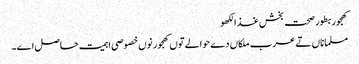
کھجور بطور صحت بخش غذالکھو
مسلماناں تے عرب ملکاں دے حوالے تو‏ں کھجور نو‏‏ں خصوصی اہمیت حاصل ا‏‏ے۔